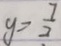
y = \frac { 7 } { 2 }